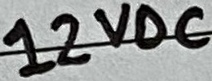
Text: 12VDC